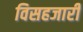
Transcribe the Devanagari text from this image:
विसहजारी